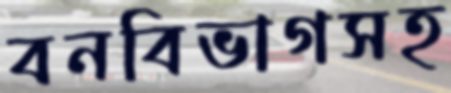
বনবিভাগসহ